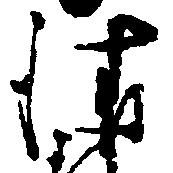
請